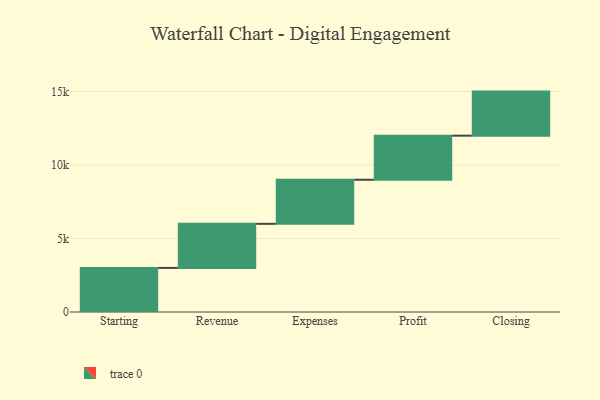
{"axis": {"x": "Step", "y": "Value"}, "legend": [""], "data": [{"x": "Starting", "y": 3000, "type": ""}, {"x": "Revenue", "y": 3000, "type": ""}, {"x": "Expenses", "y": 3000, "type": ""}, {"x": "Profit", "y": 3000, "type": ""}, {"x": "Closing", "y": 3000, "type": ""}]}